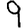
Digit: 9